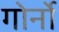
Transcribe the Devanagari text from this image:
गोर्नो